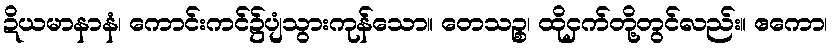
ဍိယမာနာနံ၊ ကောင်းကင်၌ပျံသွားကုန်သော။ တေသဉ္စ၊ ထိုငှက်တို့တွင်လည်း။ ဧကော၊